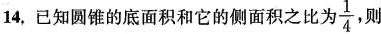
14.已知圆锥的底面积和它的侧面积之比为 \frac{1}{4} ,则